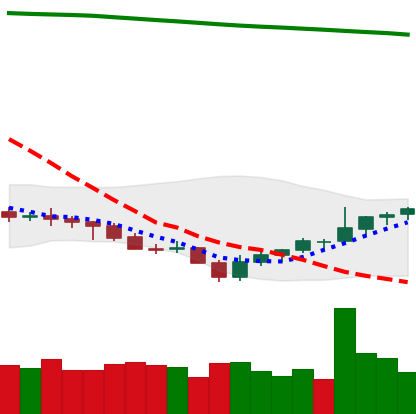
Ticker: NEO-USD
Chart end date: 2021-07-29
Forward return: 17.512%
Label: up_7plus